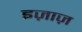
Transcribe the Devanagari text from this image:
इज़ाज़